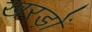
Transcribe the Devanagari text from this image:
खरड़ों